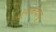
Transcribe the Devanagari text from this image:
थुनाकदावू